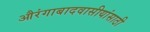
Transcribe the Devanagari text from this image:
औरंगाबादवासीयांसाठी